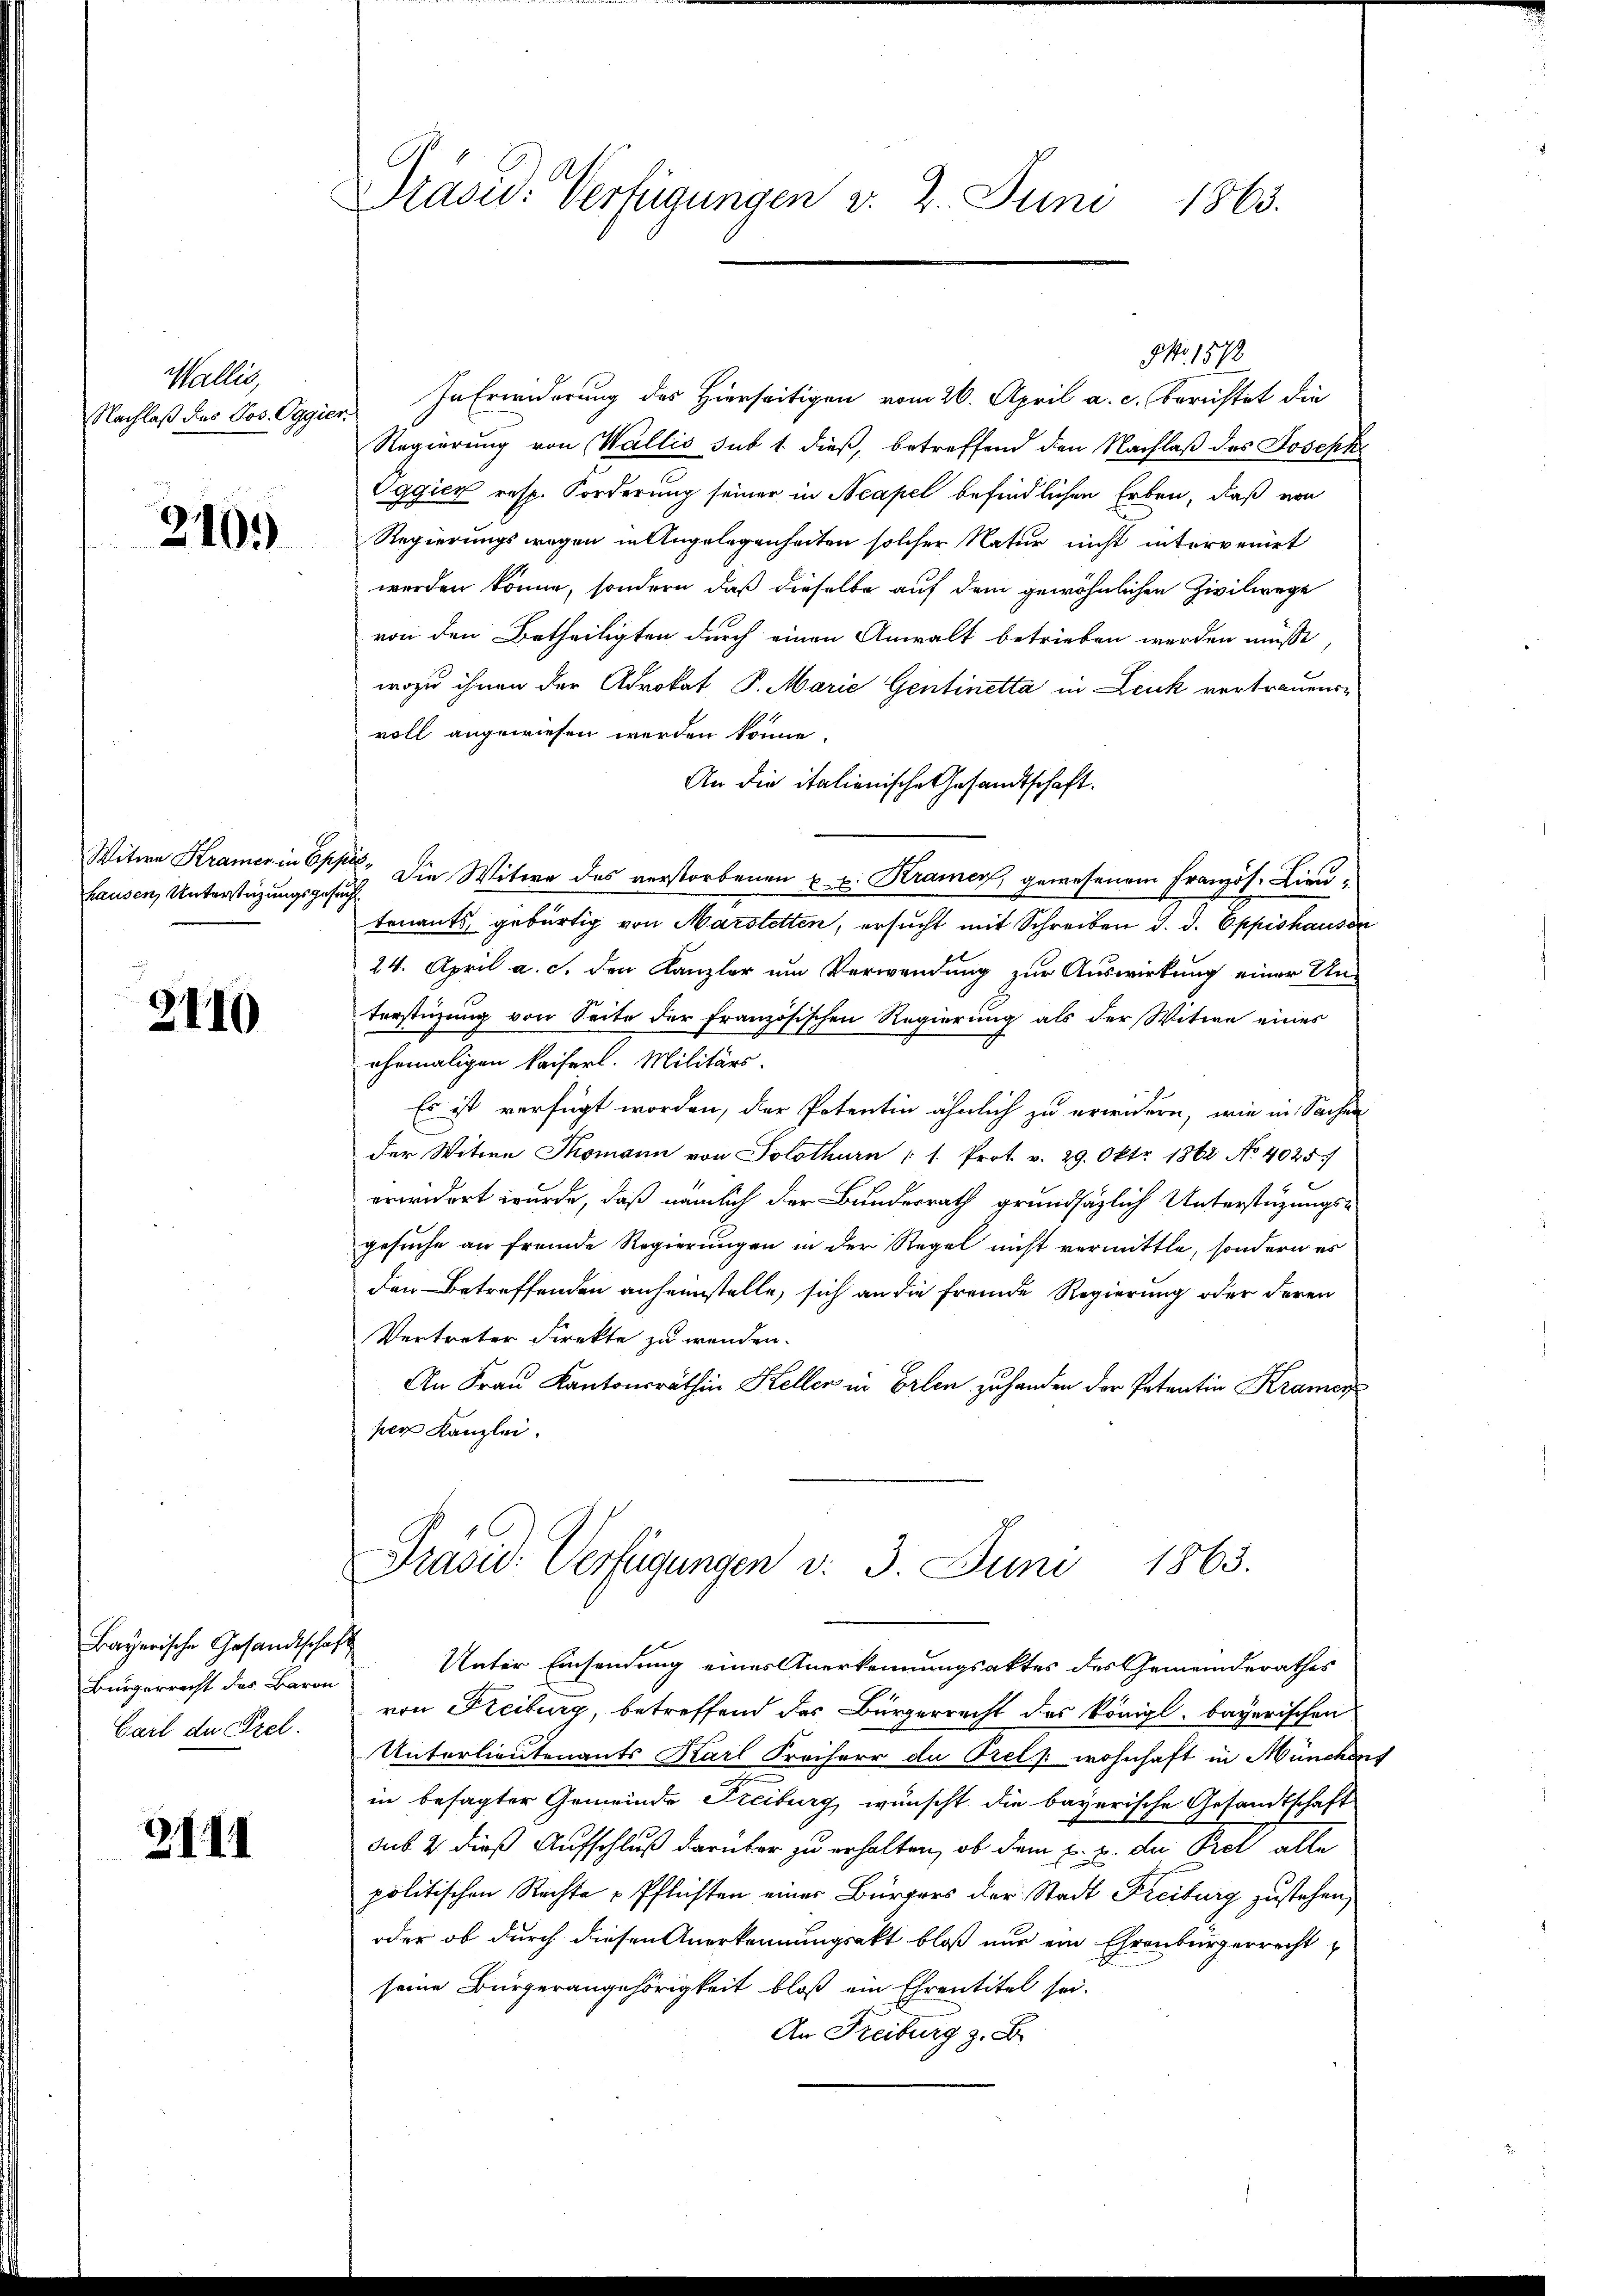
Galler
Nachlaß des Jos. Oggie.

210.

Witwe Kramer in Gs,
hausen, Unterstützungsges

2110

Bayerische Gesandtschaft
Bürgerrecht des Baron
Gail de Prel.

3.III

Präsid. Verfügungen d. 2. Juni 1863.

In Erwiderung des Hierseitigen vom 26. April a. c. berichtet die
c
Regierung von Wallis sub 1. dieß, betreffend den Nachlaß des Joseph
Oggien resp. Forderung seiner in Neapel befindlichen Erben, daß von
Regierungswegen in Angelegenheiten solcher Natur nicht intervenirt
werden könne, sondern, daß dieselbe auf dem gewöhnlichen Zivilwege
von den Betheiligten durch einen Anwalt betrieben werden müsse
wozu ihnen der Adrokat P. Marie Gentinetta in Leuk vertrauensvoll angewiesen werden könne.
An die italienische Gesandtschaft.
us. Die Witwe des verstorbenen u. v. Kramer, gewesenem Französ. Lieu-
u
tenants, gebürtig von Marstetten, ersucht mit Schreiben d. d. Eppishausen
24. April a. c. den Kanzler um Verwendung zur Auswirkung einer Un-
terstüzung von Seite der französischen Regierung als der Witwe eines
ehrmaligen kaiserl. Militärs.
Es ist verfügt worden, der Potentin ähnlich zu erwidern, wie in Sachen
der Witwe Thomann von Solothurn : 1. Prot. v. 29. Okt. 1862 No 4025.
erwidert wurde, daß nämlich der Bundesrath grundsätzlich Unterstützungs-
gesuche an fremde Regierungen in der Regel nicht vermittle, sondern es
den Betreffenden anheimstelle, sich an die fremde Regierung oder deren
Vertreter Direkte zu wenden.
An Frau Kantonsräthin Kellen in Erlen zu handen der Patentin Kramer
per Kanzlei.
Präsid. Verfügungen d. 3. Juni 1863.
Unter Einsendung eines Anerkennungsaktes des Gemeinderathes
von Freiburg, betreffend des Bürgerrecht des Königl. bayerischen
Unterlieutenants Karl Freiherr de Prels wohnhaft in München
in besagter Gemeinde Freiburg, wünscht die bayerische Gesandtschaft
dus 2 dieß Aufschluß darüber zu erhalten, ob dem E. u. da Pet alle
politischen Rechte Pflichten einer Bürgers der Stadt Freiburg zustehen,
oder ob durch diesen Anerkennungsakt bloß nur ein Ehrenbürgerrecht
seine Bürgerangehörigkeit bloß ein Ehrentitel sei.
An Freiburg z. B.

NNo. 1873